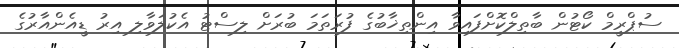
ސުޕްރީމް ކޯޓުން ބާތިލްކޮށްފައިވާ އިންތިޚާބުގެ ފުރަތަަމަ ބުރަށް ލިސްޓު އެކުލަވާލި އިރު ޑީއެންއާރުގެ